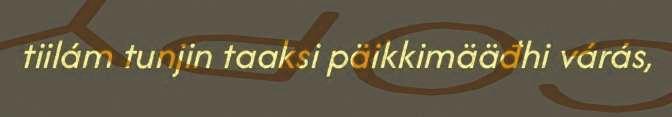
tiilám tunjin taaksi päikkimääđhi várás,